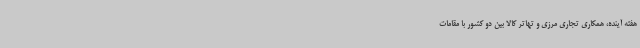
هفته آینده، همکاری تجاری مرزی و تهاتر کالا بین دو کشور با مقامات